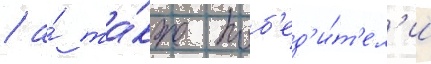
/ а́ та́кже поб'ед'и́т'ел'и